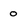
Character: 0